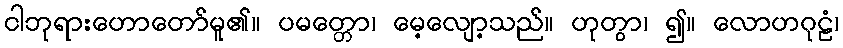
ငါဘုရားဟောတော်မူ၏။ ပမတ္တော၊ မေ့လျော့သည်။ ဟုတွာ၊ ၍။ လောဟဂုဠံ၊